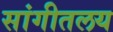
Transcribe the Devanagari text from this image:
सांगीतलय